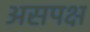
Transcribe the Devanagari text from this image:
असपक्ष